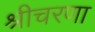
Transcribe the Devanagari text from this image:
श्रीचरणा